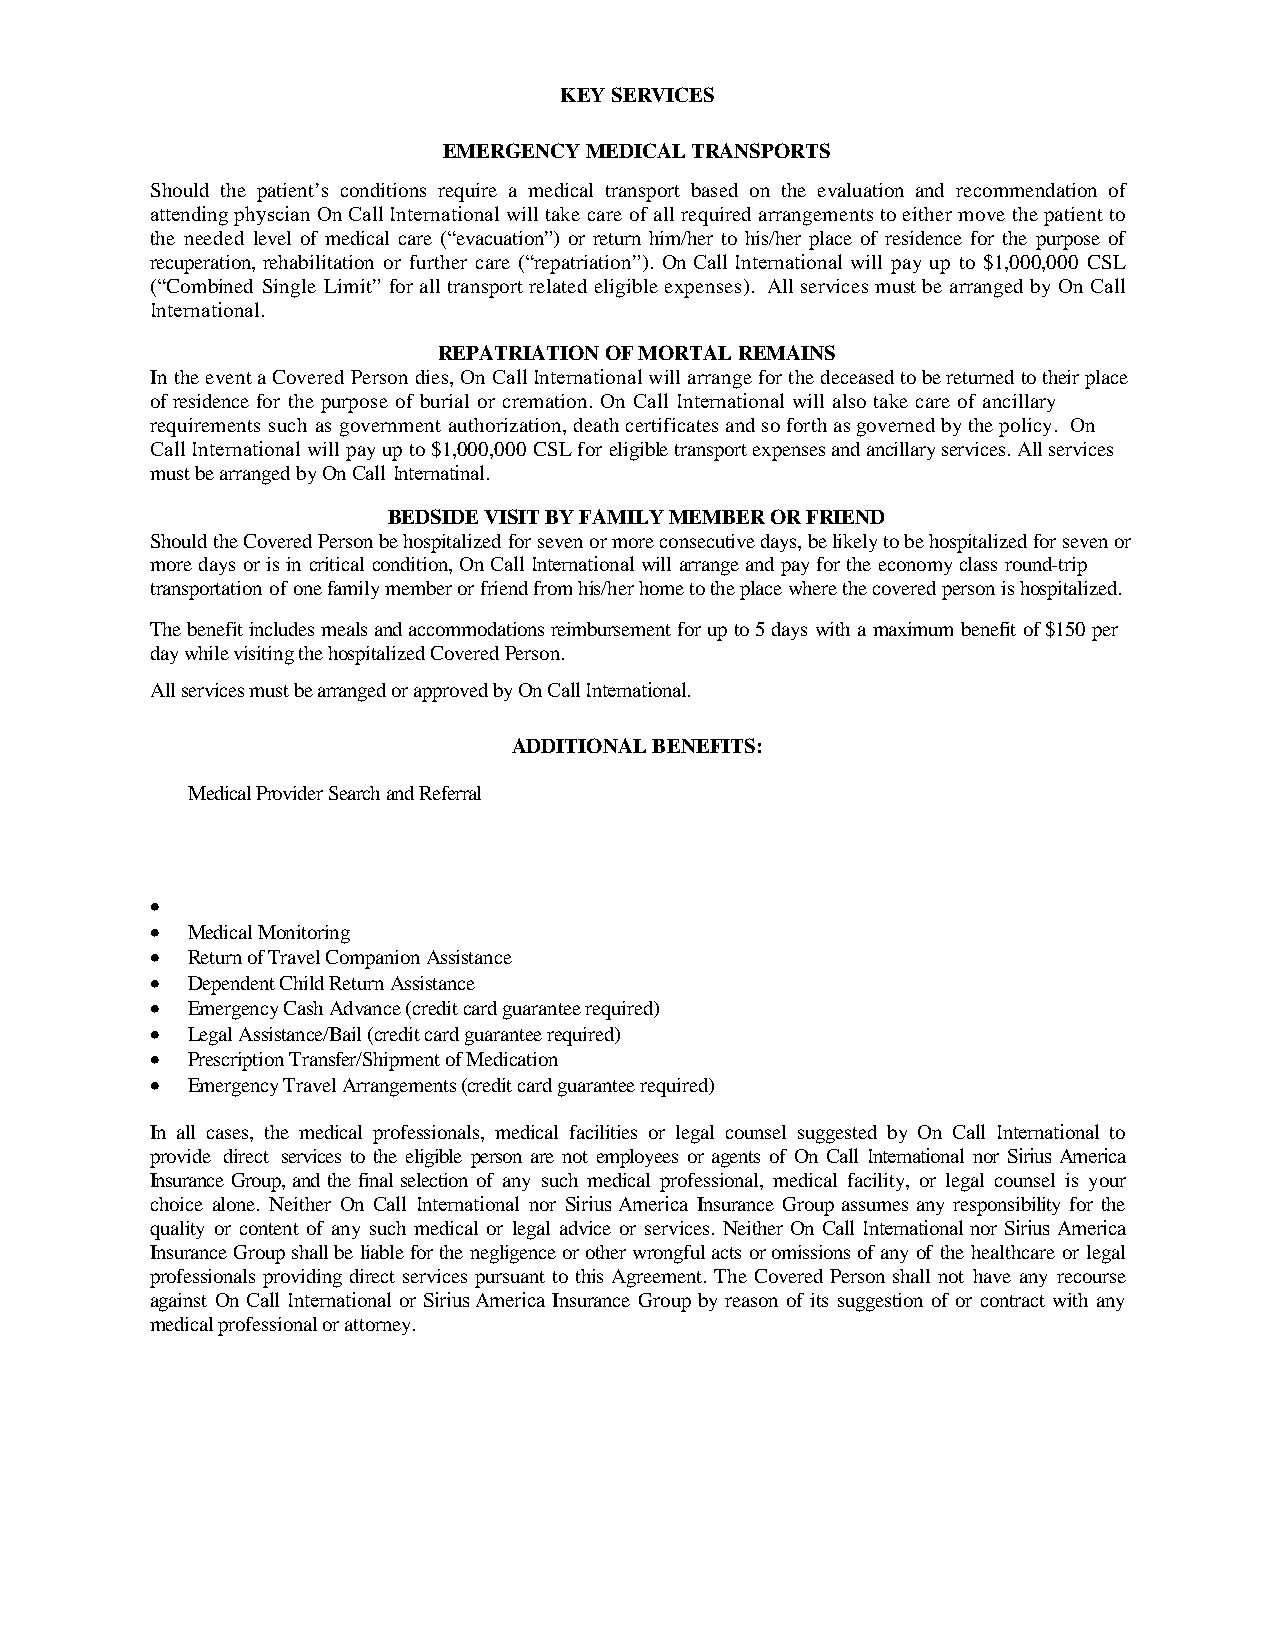
KEY SERVICES
 EMERGENCY MEDICAL TRANSPORTS
 Should the patient’s conditions require a medical transport based on the evaluation and recommendation of
 attending physcian On Call International will take care of all required arrangements to either move the patient to
 the needed level of medical care (“evacuation”) or return him/her to his/her place of residence for the purpose of
 recuperation, rehabilitation or further care (“repatriation”). On Call International will pay up to $1,000,000 CSL
 (“Combined Single Limit” for all transport related eligible expenses). All services must be arranged by On Call
 International.
 REPATRIATION OF MORTAL REMAINS
 In the event a Covered Person dies, On Call International will arrange for the deceased to be returned to their place
 of residence for the purpose of burial or cremation. On Call International will also take care of ancillary
 requirements such as government authorization, death certificates and so forth as governed by the policy. On
 Call International will pay up to $1,000,000 CSL for eligible transport expenses and ancillary services. All services
 must be arranged by On Call Internatinal.
 BEDSIDE VISIT BY FAMILY MEMBER OR FRIEND
 Should the Covered Person be hospitalized for seven or more consecutive days, be likely to be hospitalized for seven or
 more days or is in critical condition, On Call International will arrange and pay for the economy class round-trip
 transportation of one family member or friend from his/her home to the place where the covered person is hospitalized.
 The benefit includes meals and accommodations reimbursement for up to 5 days with a maximum benefit of $150 per
 day while visiting the hospitalized Covered Person.
 All services must be arranged or approved by On Call International.
 ADDITIONAL BENEFITS:
 Medical Provider Search andR eferral
 •
 • Medical Monitoring
 • Return of Travel Companion Assistance
 • Dependent Child Return Assistance
 • Emergency Cash Advance (credit card guarantee required)
 • Legal Assistance/Bail (credit card guarantee required)
 • Prescription Transfer/Shipment of Medication
 • Emergency Travel Arrangements (credit card guarantee required)
 In all cases, the medical professionals, medical facilities or legal counsel suggested by On Call International to
 provide direct services to the eligible person are not employees or agents of On Call International nor Sirius America
 Insurance Group, and the final selection of any such medical professional, medical facility, or legal counsel is your
 choice alone. Neither On Call International nor Sirius America Insurance Group assumes any responsibility for the
 quality or content of any such medical or legal advice or services. Neither On Call International nor Sirius America
 Insurance Group shall be liable for the negligence or other wrongful acts or omissions of any of the healthcare or legal
 professionals providing direct services pursuant to this Agreement. The Covered Person shall not have any recourse
 against On Call International or Sirius America Insurance Group by reason of its suggestion of or contract with any
 medical professional or attorney.